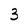
Character: 3